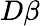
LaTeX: D\beta